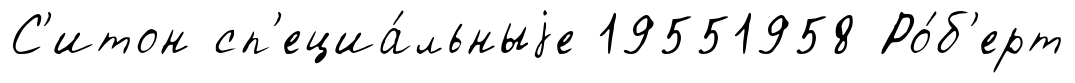
С'итон сп'ециа́льныjе 19551958 Ро́б'ерт